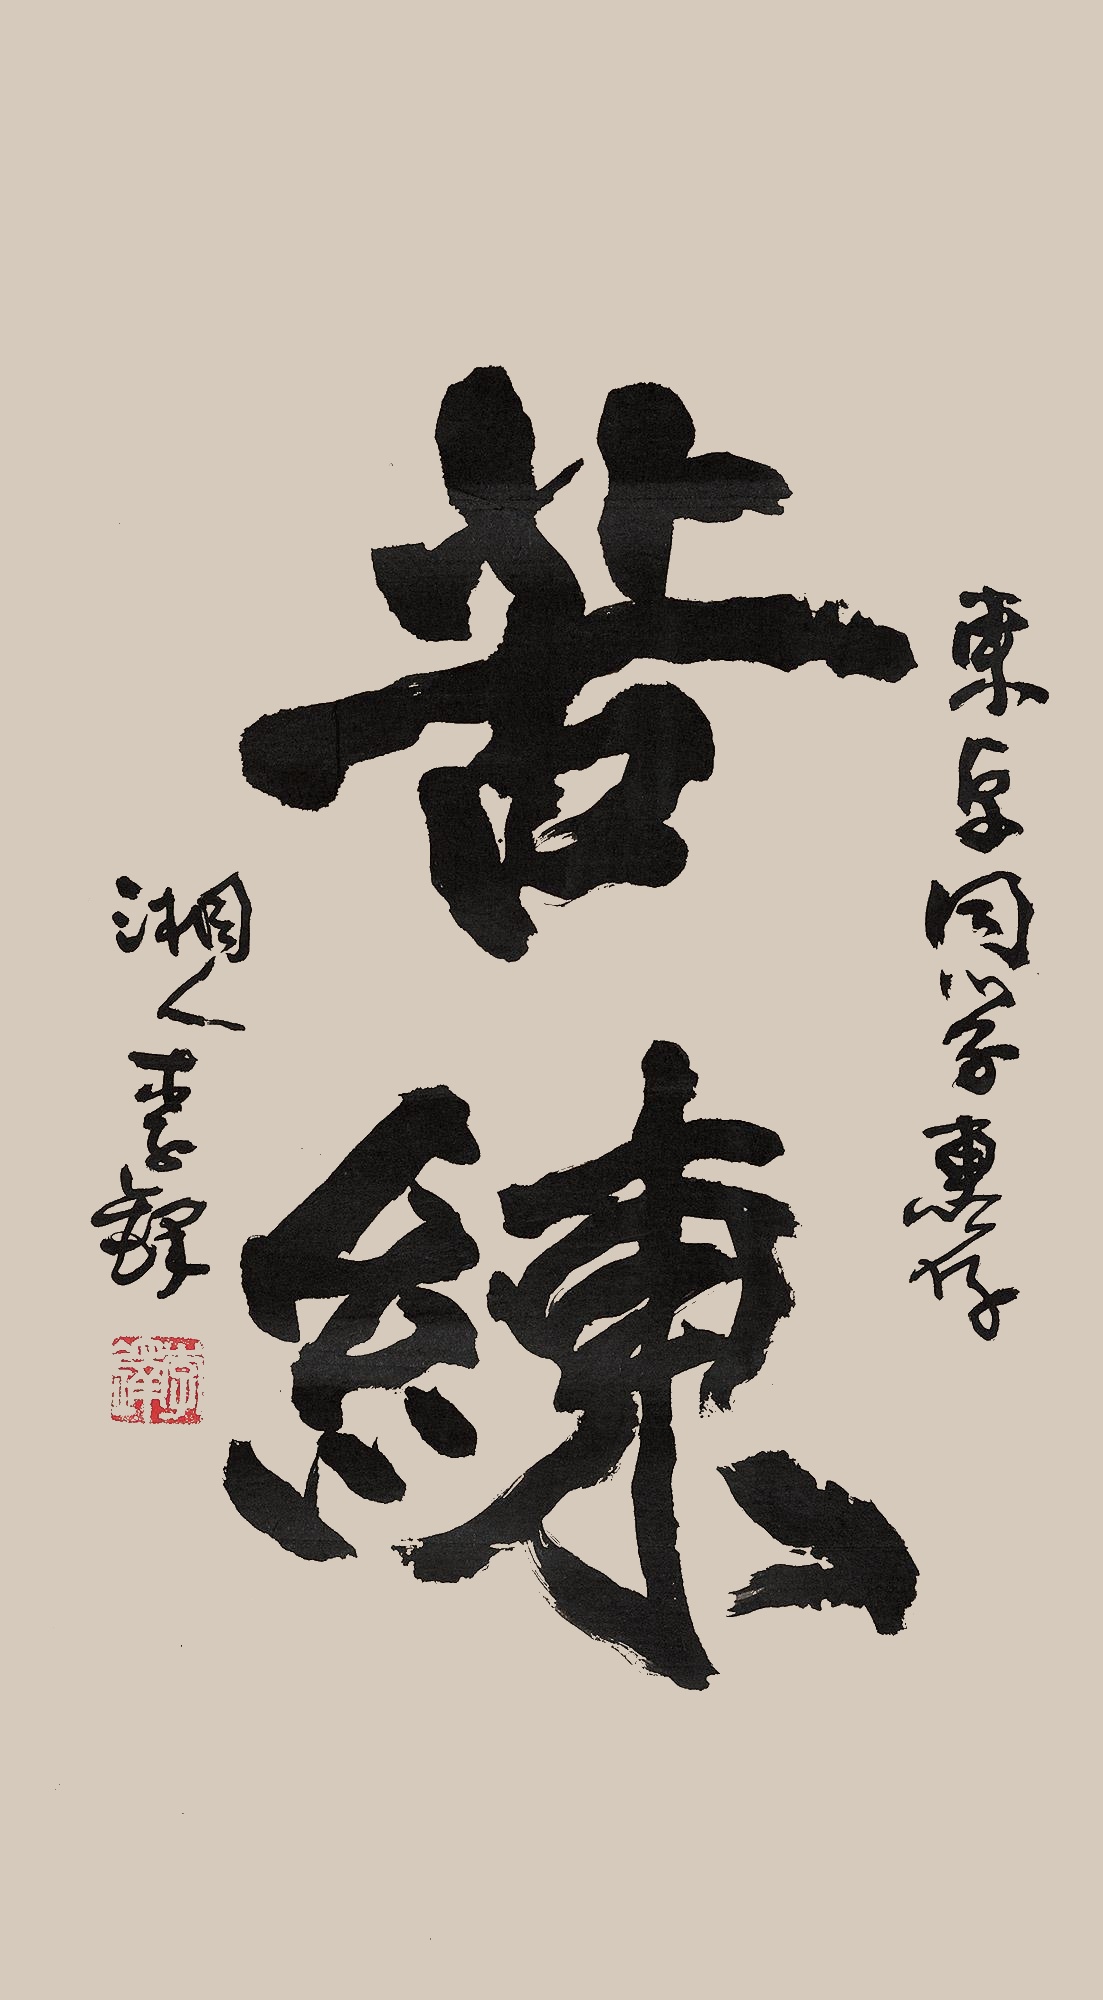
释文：苦练东原同志惠存，湘人李铎。